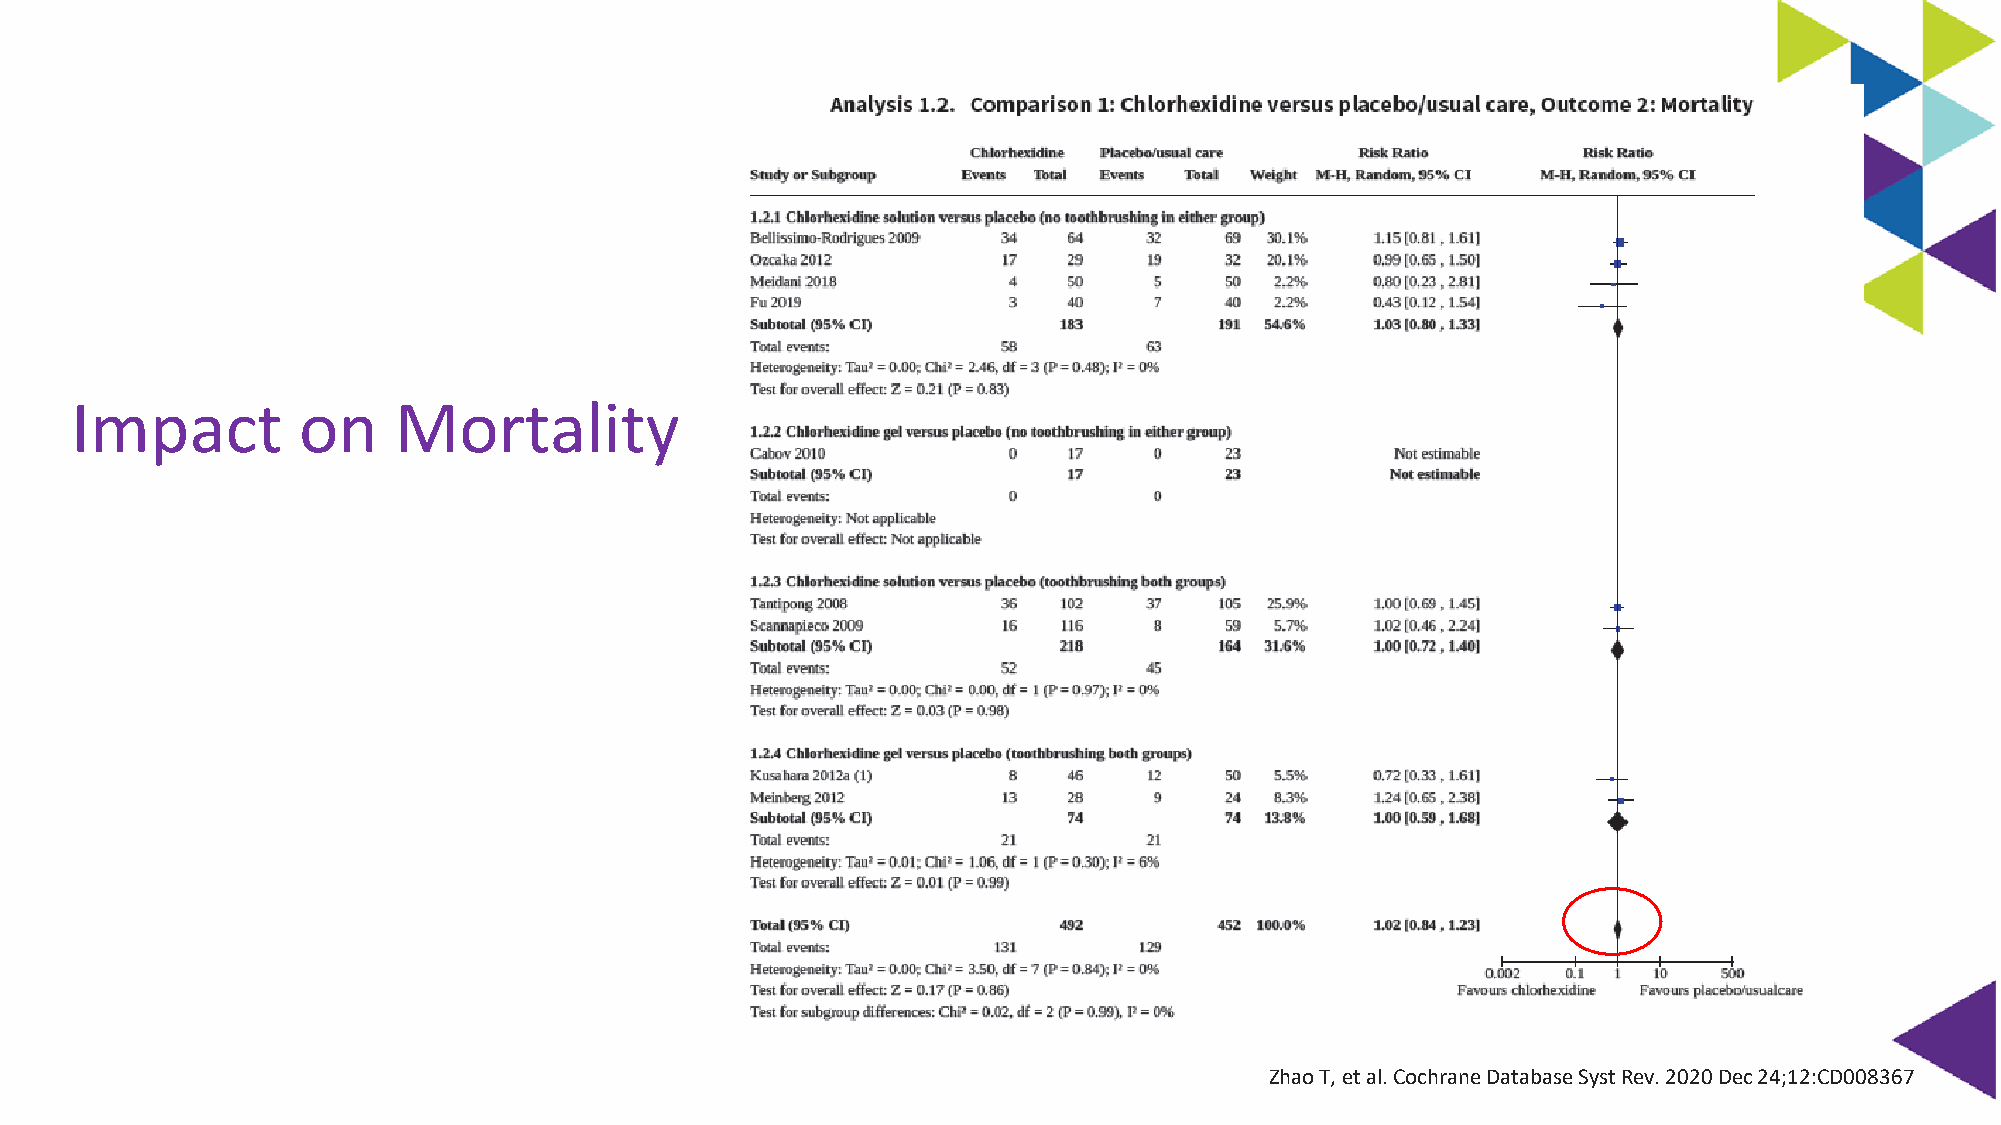
Impact         on    Mortality
 Zhao T, et al. Cochrane Database Syst Rev. 2020 Dec 24;12:CD008367